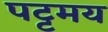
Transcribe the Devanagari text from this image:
पट्टमय